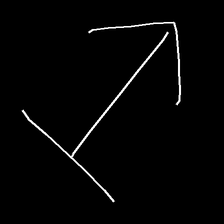
Glyph: levitation